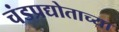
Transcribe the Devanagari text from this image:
चंडप्रद्योताच्या